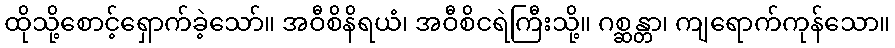
ထိုသို့စောင့်ရှောက်ခဲ့သော်။ အဝီစိနိရယံ၊ အဝီစိငရဲကြီးသို့။ ဂစ္ဆန္တာ၊ ကျရောက်ကုန်သော။